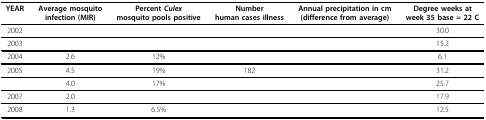
<table><thead><tr><td><b>YEAR</b></td><td><b>Average mosquito infection(MIR)</b></td><td><b>Percent <i>Culex </i>mosquito pools positive</b></td><td><b>Number human cases illness</b></td><td><b>Annual precipitation in cm(difference from average)</b></td><td><b>Degree weeks at week 35 base = 22 C</b></td></tr></thead><tbody><tr><td>2002</td><td>[EMPTY_CELL]</td><td>[EMPTY_CELL]</td><td>[EMPTY_CELL]</td><td>[EMPTY_CELL]</td><td>30.0</td></tr><tr><td>2003</td><td>[EMPTY_CELL]</td><td>[EMPTY_CELL]</td><td>[EMPTY_CELL]</td><td>[EMPTY_CELL]</td><td>15.2</td></tr><tr><td>2004</td><td>2.6</td><td>12%</td><td>[EMPTY_CELL]</td><td>[EMPTY_CELL]</td><td>6.1</td></tr><tr><td>2005</td><td>4.5</td><td>19%</td><td>182</td><td>[EMPTY_CELL]</td><td>31.2</td></tr><tr><td>[EMPTY_CELL]</td><td>4.0</td><td>17%</td><td>[EMPTY_CELL]</td><td>[EMPTY_CELL]</td><td>25.7</td></tr><tr><td>2007</td><td>2.0</td><td>[EMPTY_CELL]</td><td>[EMPTY_CELL]</td><td>[EMPTY_CELL]</td><td>17.9</td></tr><tr><td>2008</td><td>1.3</td><td>6.5%</td><td>[EMPTY_CELL]</td><td>[EMPTY_CELL]</td><td>12.5</td></tr></tbody></table>